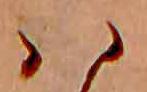
ハ